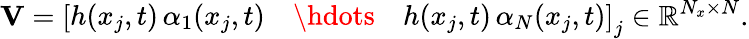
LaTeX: \mathbf{V}=\left[\begin{array}{lll}{h(x_{j},t)\, \alpha_{1}(x_{j},t)}&{\hdots}&{h(x_{j},t)\, \alpha_{N}(x_{j},t)}\end{array}\right]_{j}\in\mathbb{R}^{N_{x}\times N}.